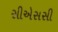
સીએસસી